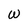
Character: W